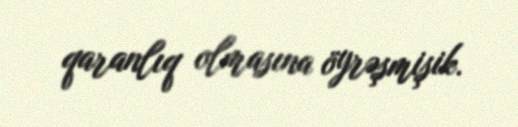
qaranlıq olmasına öyrəşmişik.